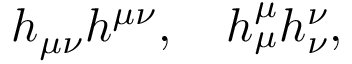
h _ { \mu \nu } h ^ { \mu \nu } , \quad h _ { \mu } ^ { \mu } h _ { \nu } ^ { \nu } ,